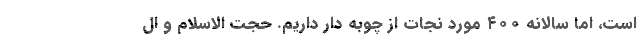
است، اما سالانه ۴۰۰ مورد نجات از چوبه دار داریم. حجت الاسلام و ال